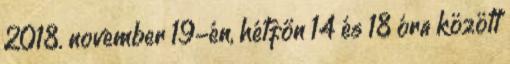
2018. november 19-én, hétfőn 14 és 18 óra között